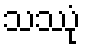
သဿုံ